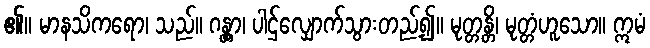
၏။ မာနသိကရော၊ သည်။ ဂန္တွာ၊ ပါဌ်လျှောက်သွားတည့်၍။ မုတ္တန္တိ၊ မုတ္တံဟူသော။ ဣမံ